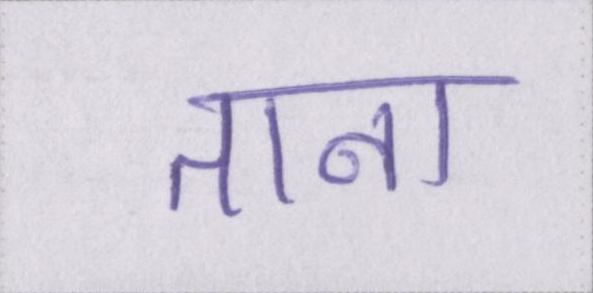
ताना